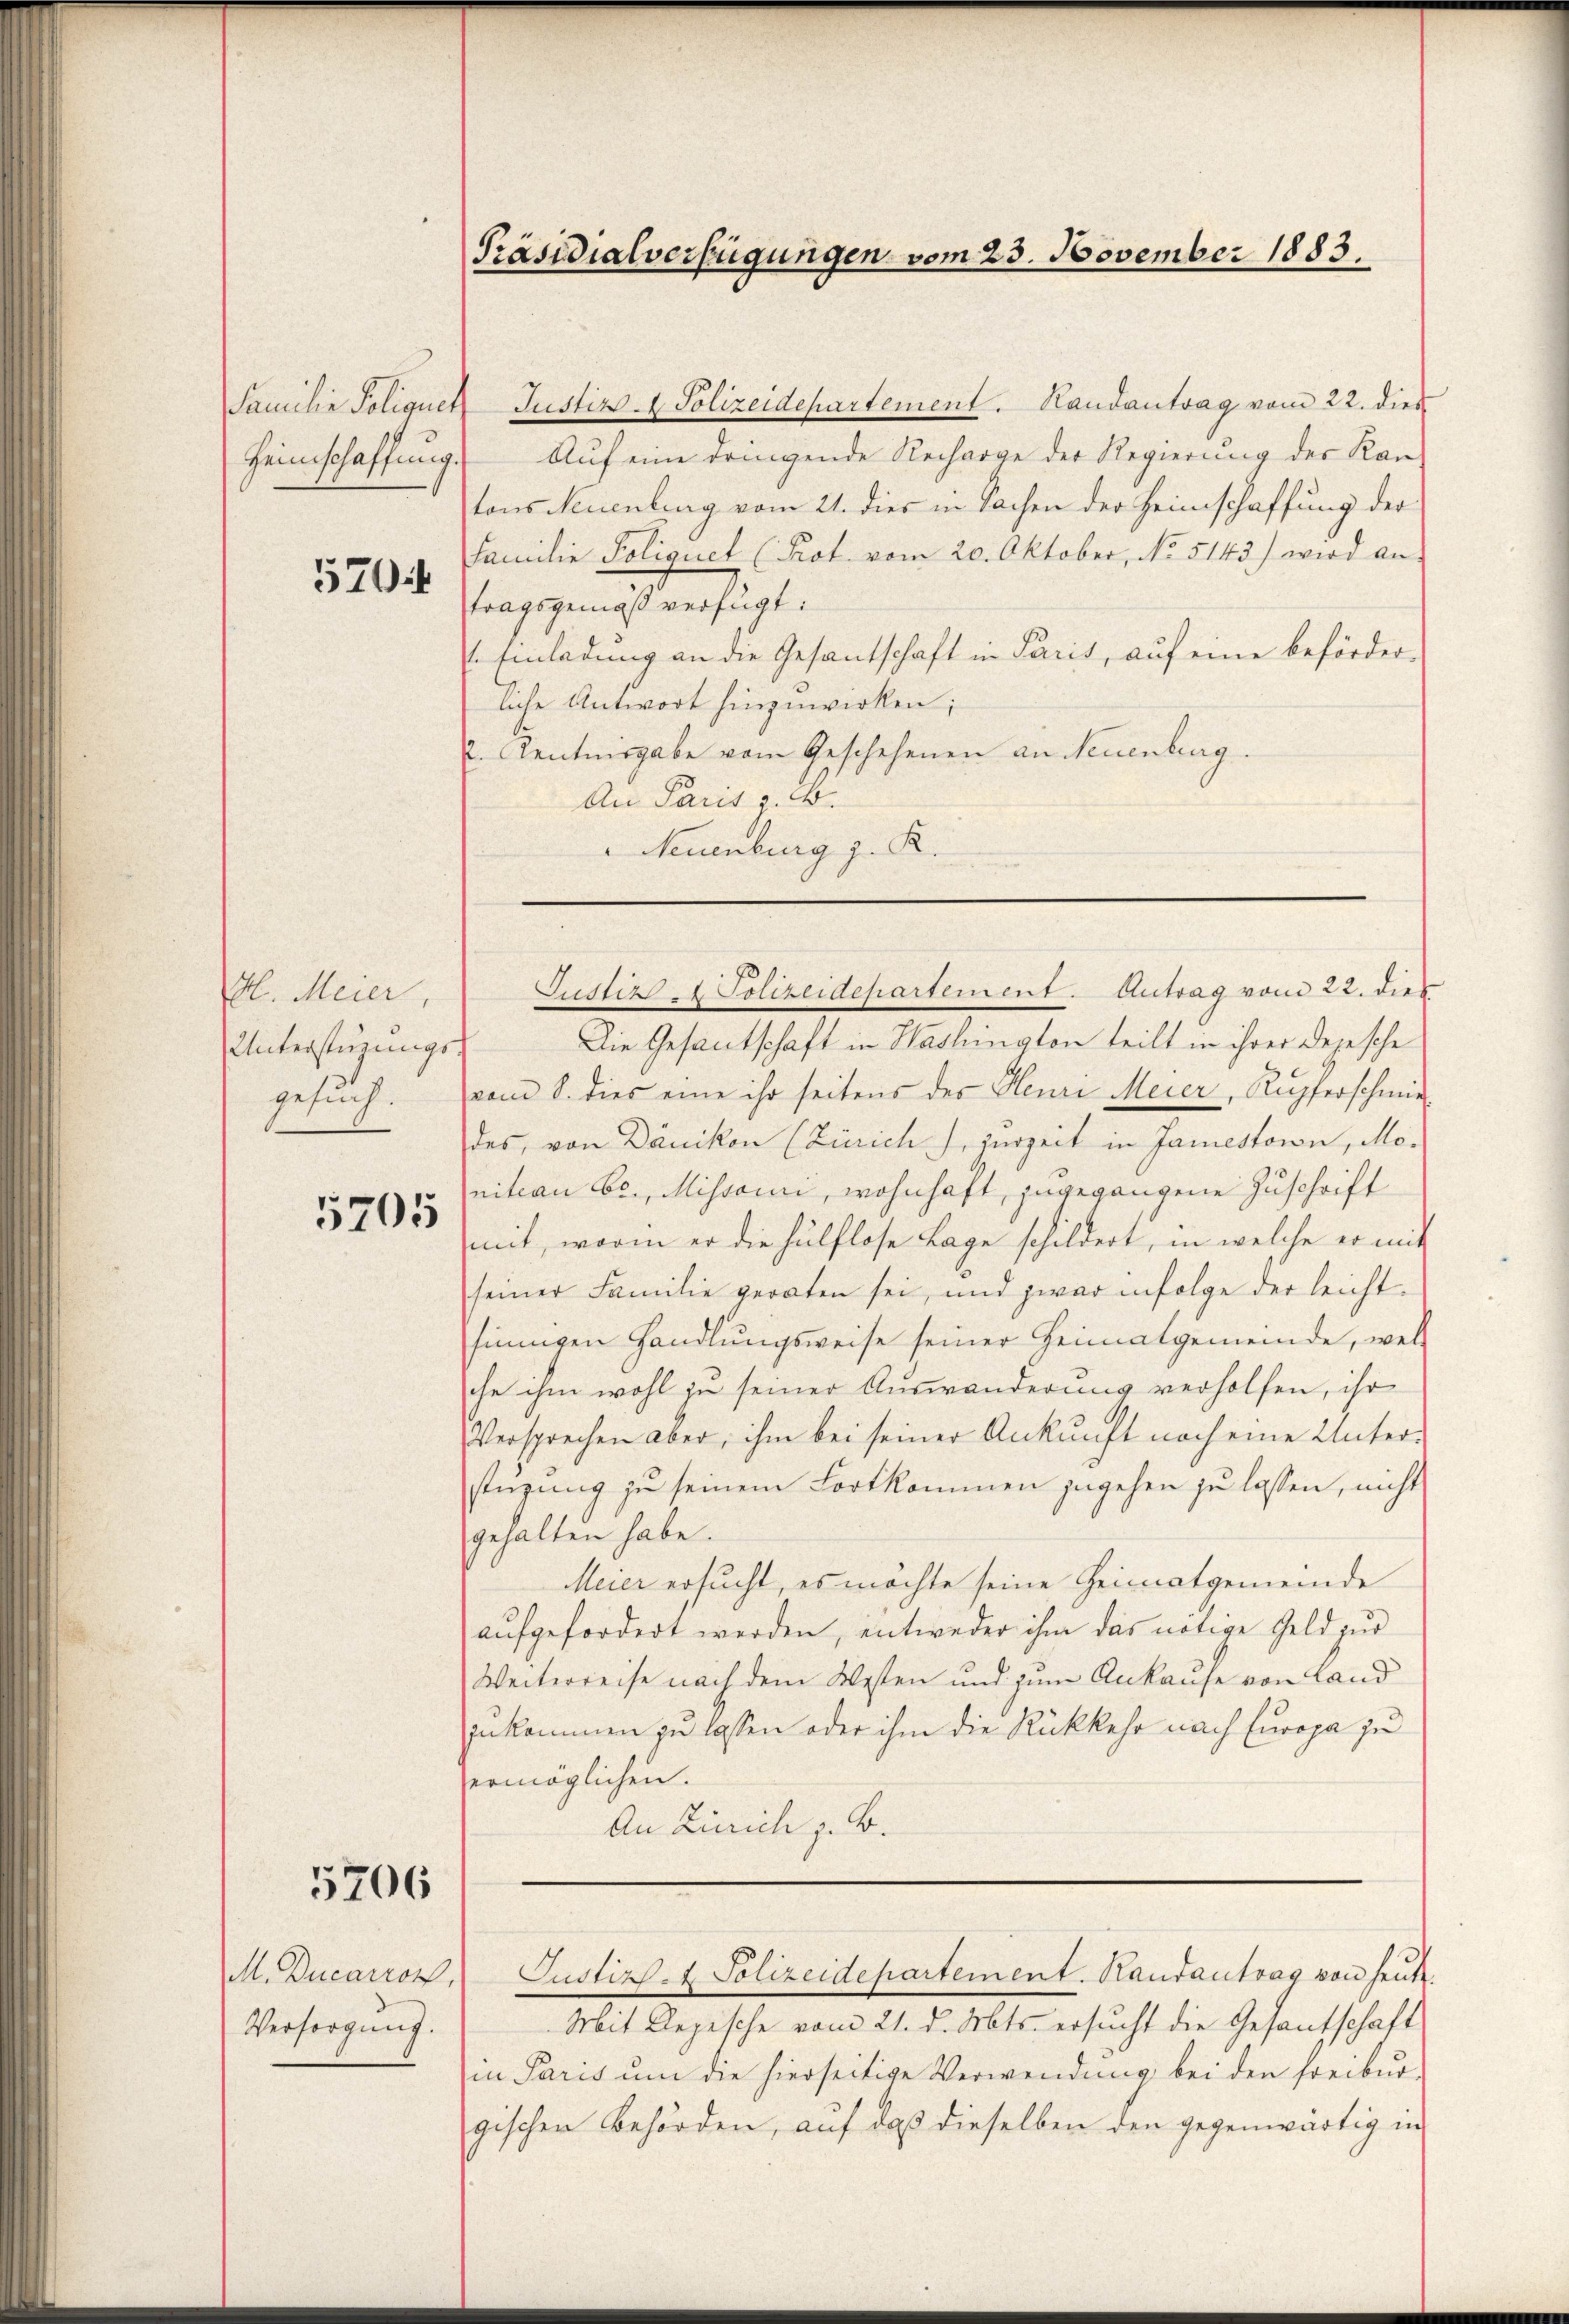
Familie Polizuck
Heimschaffung.

570

dl. Meier,
Unterstüzungs-
gesuch.

5705

5706

M. Ducarron,
Versorgung.

Präsidialverfügungen vom 23. November 1883.

Justiz - Polizeidepartement. Handantrag vom 22. dies
Auf eine dringende Recharge der Regierung des Kan-
tons Neuenburg vom 21. dies in Sachen der Heimschaffung der
Familie Polignet (Prot. vom 20. Oktober, No. 5143) wird an
tragsgemäß verfügt:
Einladung an die Gesantschaft in Paris, auf eine beförder-
liche Antwort hinzuwirken;
2. Centnisgabe vom Geschehenen an Neuenburg.
An Paris z. B.
Neuenburg z. R.

Die Gesantschaft in Washington teilt in ihrer Depesche
vom 8. dies eine ihr seitens des Heure Meier, Kupferschmiedes, von Dänikon (Zürich), zurzeit in Jamestoron, Monitian bei Missain, wohnhaft, zugegangene Zuschrift
mit, worin er die hülflose Lage schildert, in welche er mit
seiner Familie geraten sei, und zwar infolge der leicht-
finnigen Handlungsweise seiner Heimatgemeinde, wel
che ihm wohl zu seiner Auswanderung verholfen, ihr
Versprechen aber, ihm bei seiner Ankunft noch eine Unterstüzung zu seinem Fortkommen zugehen zu lassen, nicht
gehalten habe.
Meier ersucht, es möchte seine Heimatgemeinde
aufgefordert werden, entweder ihm das nötige Geld zur
Weiterreise nach dem Westen und zum Ankaufe von Land
zukommen zu lassen oder ihm die Rückkehr nach Europa zu
ermöglichen.
An Zürich z. B.
Justiz- & Polizeidepartement. Randantrag von heute.
Mit Depesche vom 21. d. Mts. ersucht die Gesantschaft
in Paris um die hierseitige Verwendung bei den Freibur-
gischen Behörden, auf daß dieselben den gegenwärtig in

Justiz - Polizeidepartement. Antrag vom 22. dies